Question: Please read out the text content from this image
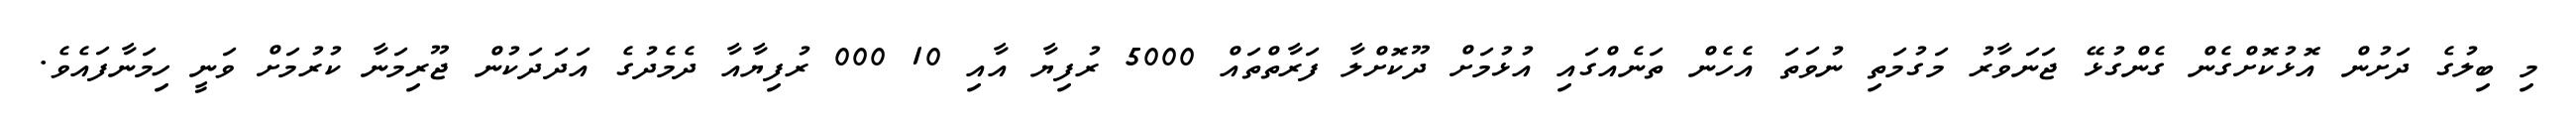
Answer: މި ބިލުގެ ދަށުން އޮޅުކޮށްގެން ގެންގުޅޭ ޖަނަވާރު މަގުމަތި ނުވަތަ އެހެން ތަނެއްގައި އުޅުމަށް ދޫކޮށްލާ ފަރާތްތައް 5000 ރުފިޔާ އާއި 10 000 ރުފިޔާއާ ދެމެދުގެ އަދަދަކުން ޖޫރިމަނާ ކުރުމަށް ވަނީ ހިމަނާފައެވެ.